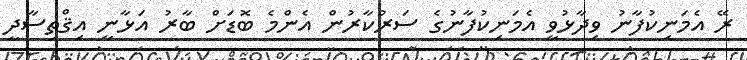
ރޭ އެމަނިކުފާނު ވިދާޅުވީ އެމަނިކުފާނުގެ ސަރުކާރުން އެންމެ ބޮޑަށް ބާރު އަޅާނީ އިޤްތިސާދީ